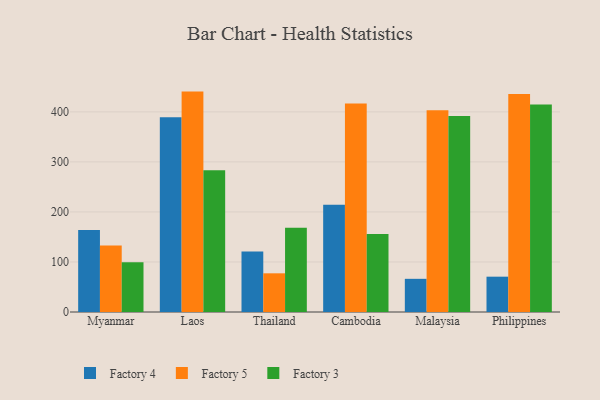
{"axis": {"x": "Country", "y": "Customer Acquisition Cost (USD)"}, "legend": ["Factory 3", "Factory 4", "Factory 5"], "data": [{"x": "Myanmar", "y": 163.8, "type": "Factory 4"}, {"x": "Myanmar", "y": 132.9, "type": "Factory 5"}, {"x": "Myanmar", "y": 99.6, "type": "Factory 3"}, {"x": "Laos", "y": 389.3, "type": "Factory 4"}, {"x": "Laos", "y": 440.5, "type": "Factory 5"}, {"x": "Laos", "y": 283.2, "type": "Factory 3"}, {"x": "Thailand", "y": 120.8, "type": "Factory 4"}, {"x": "Thailand", "y": 77.3, "type": "Factory 5"}, {"x": "Thailand", "y": 168.5, "type": "Factory 3"}, {"x": "Cambodia", "y": 214.5, "type": "Factory 4"}, {"x": "Cambodia", "y": 416.9, "type": "Factory 5"}, {"x": "Cambodia", "y": 155.9, "type": "Factory 3"}, {"x": "Malaysia", "y": 66.3, "type": "Factory 4"}, {"x": "Malaysia", "y": 403.2, "type": "Factory 5"}, {"x": "Malaysia", "y": 391.6, "type": "Factory 3"}, {"x": "Philippines", "y": 70.6, "type": "Factory 4"}, {"x": "Philippines", "y": 435.9, "type": "Factory 5"}, {"x": "Philippines", "y": 414.7, "type": "Factory 3"}]}